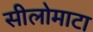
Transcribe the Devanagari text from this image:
सीलोमाटा